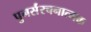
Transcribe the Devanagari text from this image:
पुनर्संरचनात्मक